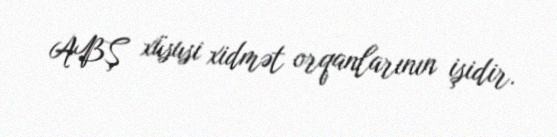
ABŞ xüsusi xidmət orqanlarının işidir.